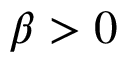
\beta > 0